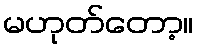
မဟုတ်တော့။